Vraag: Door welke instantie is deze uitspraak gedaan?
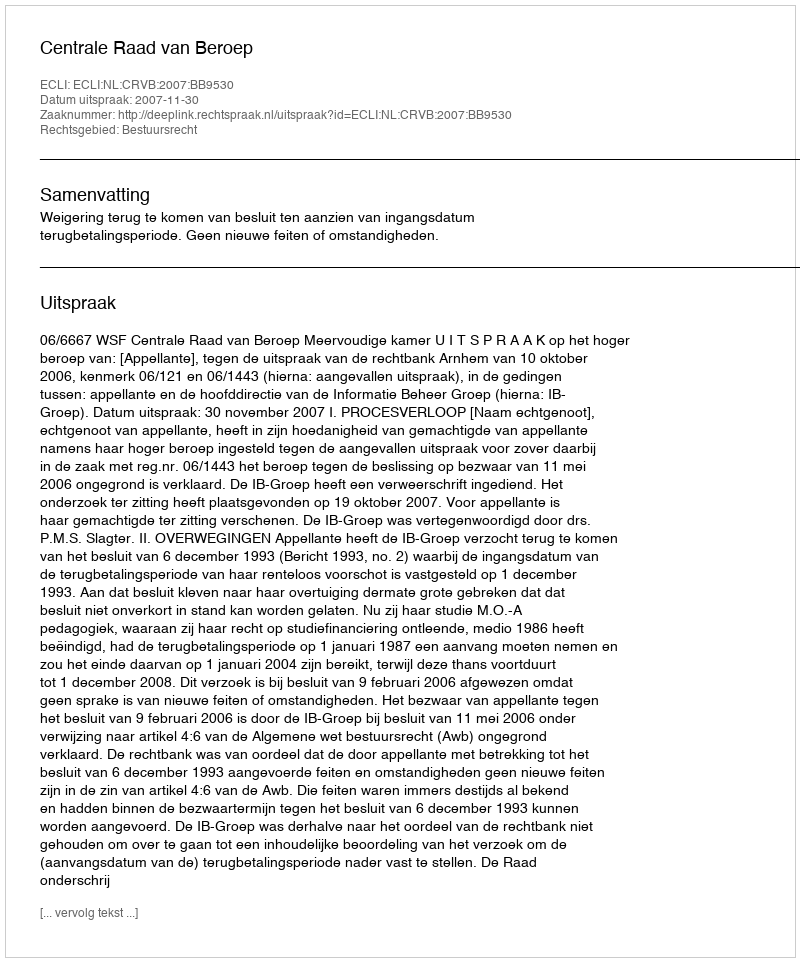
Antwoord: Centrale Raad van Beroep